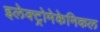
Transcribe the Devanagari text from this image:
इलेक्ट्रोमेकेनिकल